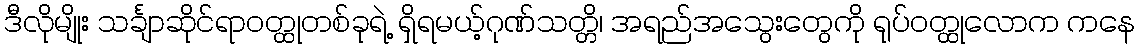
ဒီလိုမျိုး သင်္ချာဆိုင်ရာဝတ္ထုတစ်ခုရဲ့ ရှိရမယ့်ဂုဏ်သတ္တိ၊ အရည်အသွေးတွေကို ရုပ်ဝတ္ထုလောက ကနေ